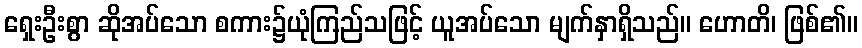
ရှေးဦးစွာ ဆိုအပ်သော စကား၌ယုံကြည်သဖြင့် ယူအပ်သော မျက်နှာရှိသည်။ ဟောတိ၊ ဖြစ်၏။